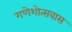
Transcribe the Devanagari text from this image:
गणेशोत्सवास